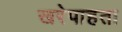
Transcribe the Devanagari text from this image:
खरेपाहता